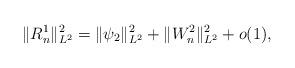
LaTeX: \begin{align*}\|R_n^1\|_{L^2}^2=\|\psi_2\|_{L^2}^2+ \|W_n^2\|_{L^2}^2+o(1),\end{align*}